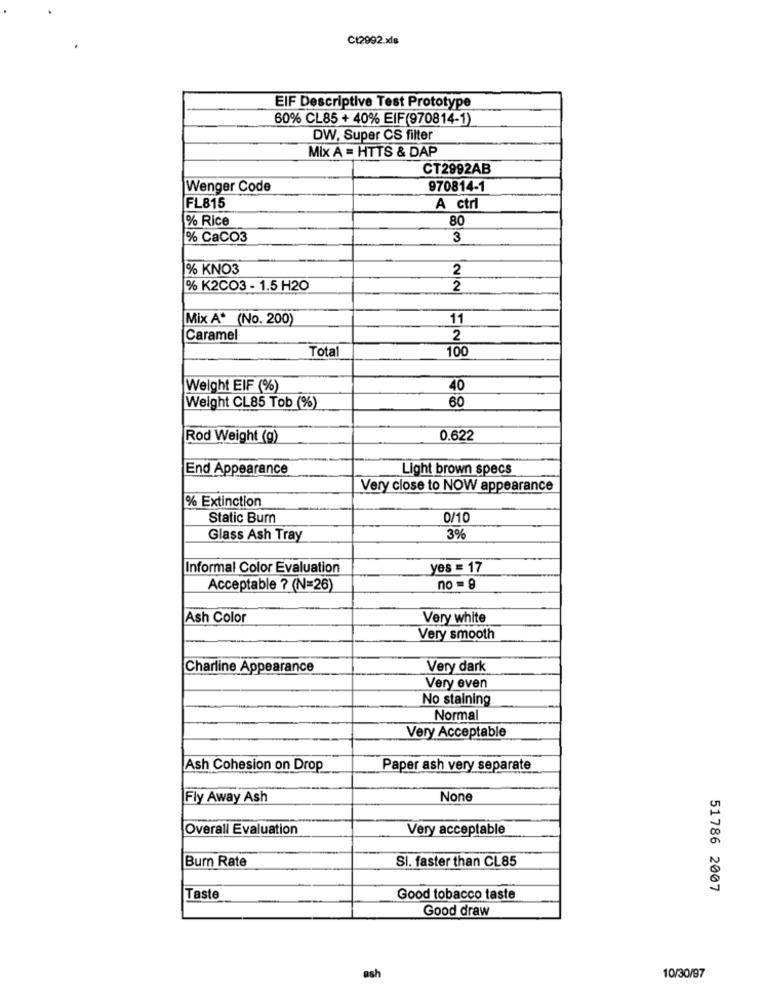
Ct2992.xls
EIF Descriptive Test Prototype
60% CL85 + 40% EIF(970814-1)
DW, Super CS filter
Mix A = HTTS & DAP
CT2992AB
Wenger Code
970814-1
FL815
A ctrl
% Rice
80
% CaCO3
3
% KNO3
2
% K2CO3 - 1.5 H2O
2
Mix A* (No. 200)
11
Caramel
2
Total
100
Weight EIF (%)
40
60
Weight CL85 Tob (%)
Rod Weight (g)
0.622
End Appearance
Light brown specs
Very close to NOW appearance
% Extinction
Static Burn
0/10
Glass Ash Tray
3%
Informal Color Evaluation
yes = 17
Acceptable ? (N=26)
no = 9
Ash Color
Very white
Very smooth
Charline Appearance
Very dark
Very even
No staining
Normal
Very Acceptable
Ash Cohesion on Drop
Paper ash very separate
Fly Away Ash
Overall Evaluation
Very acceptable
00
Burn Rate
SI. faster than CL85
N
51786 2007
Taste
Good tobacco taste
Good draw
ash
10/30/97